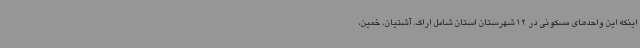
اینکه این واحدهای مسکونی در 12 شهرستان استان شامل اراک، آشتیان، خمین،